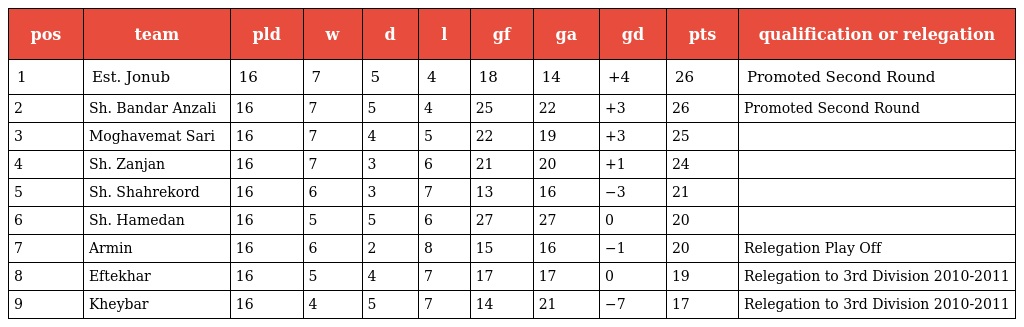
| pos | team | pld | w | d | l | gf | ga | gd | pts | qualification or relegation |
 | --- | --- | --- | --- | --- | --- | --- | --- | --- | --- | --- |
 | 1 | Est. Jonub | 16 | 7 | 5 | 4 | 18 | 14 | +4 | 26 | Promoted Second Round |
 | 2 | Sh. Bandar Anzali | 16 | 7 | 5 | 4 | 25 | 22 | +3 | 26 | Promoted Second Round |
 | 3 | Moghavemat Sari | 16 | 7 | 4 | 5 | 22 | 19 | +3 | 25 |  |
 | 4 | Sh. Zanjan | 16 | 7 | 3 | 6 | 21 | 20 | +1 | 24 |  |
 | 5 | Sh. Shahrekord | 16 | 6 | 3 | 7 | 13 | 16 | −3 | 21 |  |
 | 6 | Sh. Hamedan | 16 | 5 | 5 | 6 | 27 | 27 | 0 | 20 |  |
 | 7 | Armin | 16 | 6 | 2 | 8 | 15 | 16 | −1 | 20 | Relegation Play Off |
 | 8 | Eftekhar | 16 | 5 | 4 | 7 | 17 | 17 | 0 | 19 | Relegation to 3rd Division 2010-2011 |
 | 9 | Kheybar | 16 | 4 | 5 | 7 | 14 | 21 | −7 | 17 | Relegation to 3rd Division 2010-2011 |